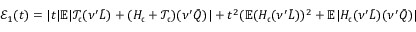
\mathcal { E } _ { 1 } ( t ) = | t | \mathbb { E } | \mathcal { T } _ { \mathfrak { c } } ( \nu ^ { \prime } \bar { L } ) + ( H _ { \mathfrak { c } } + \mathcal { T } _ { \mathfrak { c } } ) ( \nu ^ { \prime } \bar { Q } ) | + t ^ { 2 } ( \mathbb { E } ( H _ { \mathfrak { c } } ( \nu ^ { \prime } \bar { L } ) ) ^ { 2 } + \mathbb { E } | H _ { \mathfrak { c } } ( \nu ^ { \prime } \bar { L } ) ( \nu ^ { \prime } \bar { Q } ) |